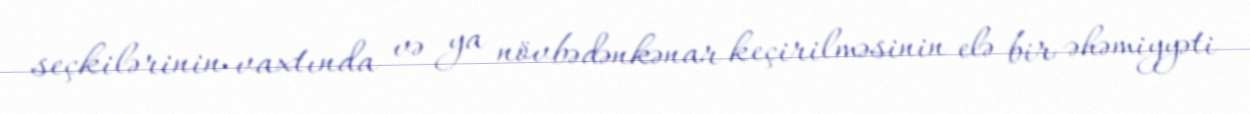
seçkilərinin vaxtında və ya növbədənkənar keçirilməsinin elə bir əhəmiyyəti